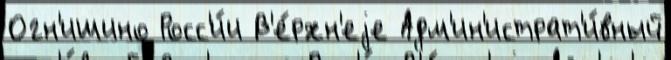
Огн'ишино Росс'и́и В'е́рхн'еjе Адм'ин'истрат'и́вный